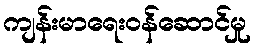
ကျန်းမာရေးဝန်ဆောင်မှု